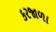
કરજાળા